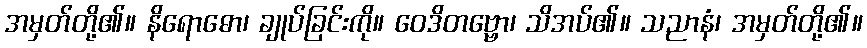
အမှတ်တို့၏။ နိရောဓော၊ ချုပ်ခြင်းကို။ ဝေဒိတဗ္ဗော၊ သိအပ်၏။ သညာနံ၊ အမှတ်တို့၏။